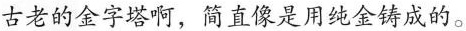
古老的金字塔啊，简直像是用纯金铸成的。